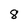
Character: 8